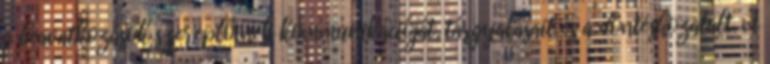
a beavatkozások szereplőinek kommunikációját, tárgyalásait és a döntéshozatalt. A